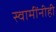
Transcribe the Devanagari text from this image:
स्वामींनीही